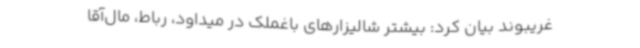
غریبوند بیان کرد: بیشتر شالیزارهای باغملک در میداود، رباط، مال‌آقا